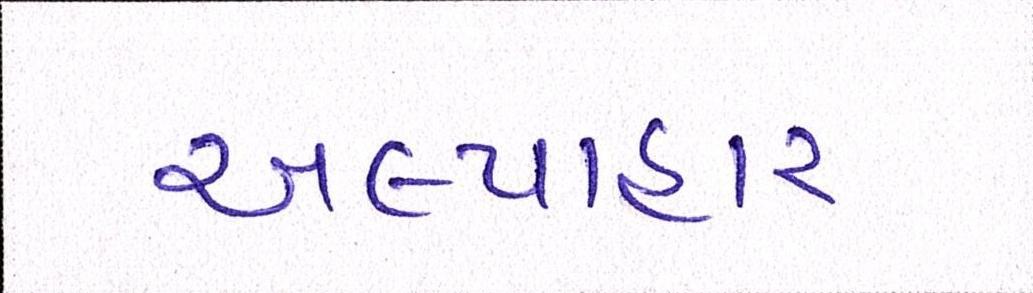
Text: અલ્પાહાર